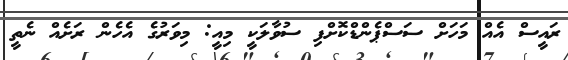
ރައީސް އެއް މަހަށް ސަސްޕެންޑްކޮށްފި ސުވާލަކީ މިއީ: މިވަރުގެ އެހެން ރަށެއް ނެތީ